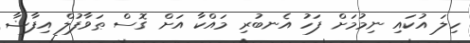
ހިލަ އުކައި ނިމުމަށް ފަހު އެނބުރި މައްކާ އަށް ގޮސް ޠަވާފުލް އިފާޟާ